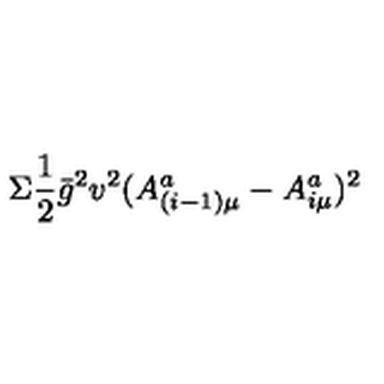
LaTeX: \Sigma \frac { 1 } { 2 } \bar { g } ^ { 2 } v ^ { 2 } ( A _ { ( i - 1 ) \mu } ^ { a } - A _ { i \mu } ^ { a } ) ^ { 2 }